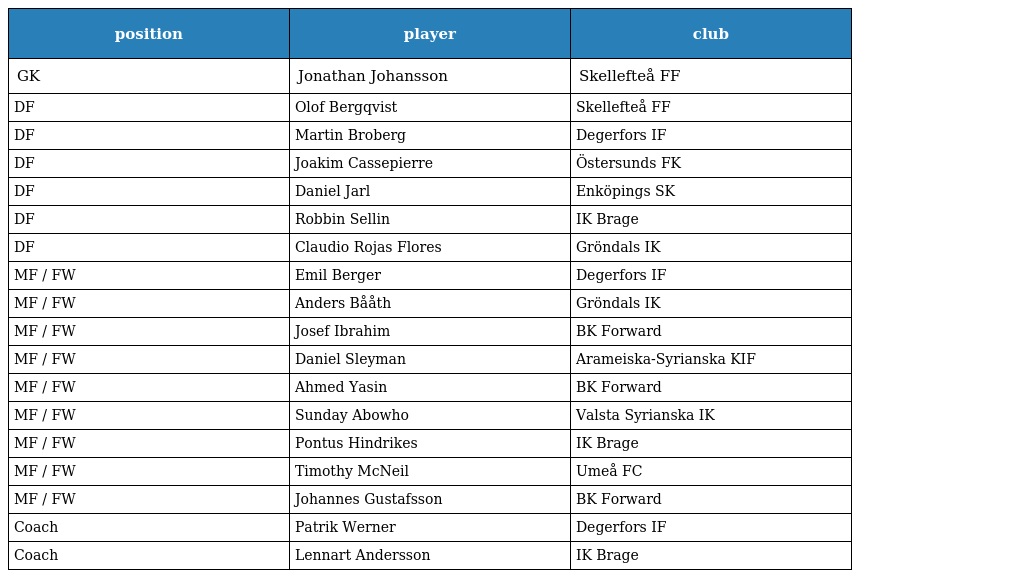
| position | player | club |
 | --- | --- | --- |
 | GK | Jonathan Johansson | Skellefteå FF |
 | DF | Olof Bergqvist | Skellefteå FF |
 | DF | Martin Broberg | Degerfors IF |
 | DF | Joakim Cassepierre | Östersunds FK |
 | DF | Daniel Jarl | Enköpings SK |
 | DF | Robbin Sellin | IK Brage |
 | DF | Claudio Rojas Flores | Gröndals IK |
 | MF / FW | Emil Berger | Degerfors IF |
 | MF / FW | Anders Bååth | Gröndals IK |
 | MF / FW | Josef Ibrahim | BK Forward |
 | MF / FW | Daniel Sleyman | Arameiska-Syrianska KIF |
 | MF / FW | Ahmed Yasin | BK Forward |
 | MF / FW | Sunday Abowho | Valsta Syrianska IK |
 | MF / FW | Pontus Hindrikes | IK Brage |
 | MF / FW | Timothy McNeil | Umeå FC |
 | MF / FW | Johannes Gustafsson | BK Forward |
 | Coach | Patrik Werner | Degerfors IF |
 | Coach | Lennart Andersson | IK Brage |